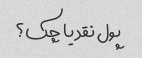
پول نقد یا چک؟